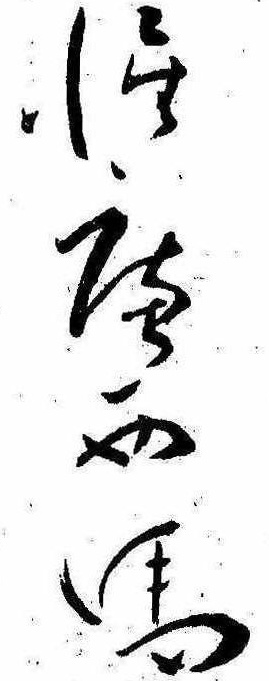
惺庵西馬